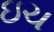
ઇચ